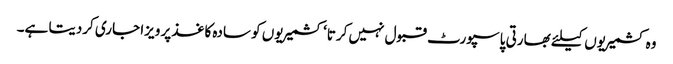
وہ کشمیریوں کیلئے بھارتی پاسپورٹ قبول نہیں کرتا‘ کشمیریوں کو سادہ کاغذ پر ویزا جاری کردیتا ہے۔